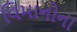
વિમાનોના